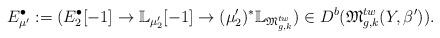
LaTeX: \begin{align*}E^{\bullet}_{\mu'}:=(E^{\bullet}_2[-1]\rightarrow \mathbb{L}_{\mu'_{2}}[-1]\rightarrow (\mu'_2)^*\mathbb{L}_{\mathfrak{M}_{g,k}^{tw}})\in D^b(\mathfrak{M}_{g,k}^{tw}(Y,\beta')).\end{align*}